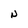
Character: N